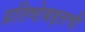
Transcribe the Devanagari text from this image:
प्रतिष्ठेबद्दलची